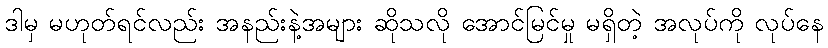
ဒါမှ မဟုတ်ရင်လည်း အနည်းနဲ့အများ ဆိုသလို အောင်မြင်မှု မရှိတဲ့ အလုပ်ကို လုပ်နေ